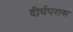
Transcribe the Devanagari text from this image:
दीर्घपरास